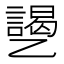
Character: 𱎐